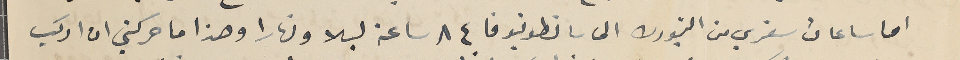
اما ساعات سفري من النيورك الى سانطونيو فا ٨٤ ساعة ليلا ونهارا وهذا ما حركني ان اركب